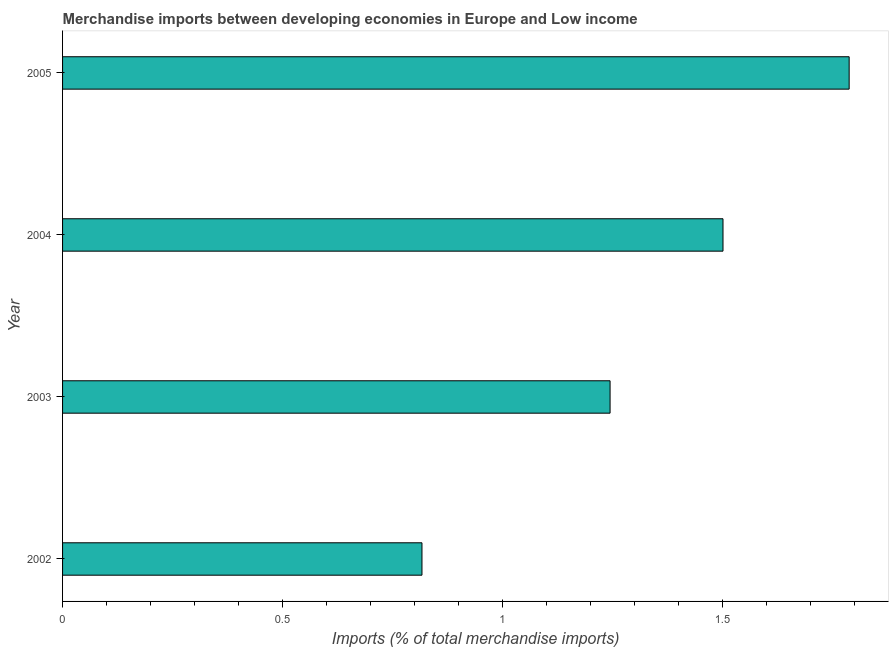
| Year | Merchandise imports |
 | --- | --- |
 | 2002 | 0.817 |
 | 2003 | 1.24 |
 | 2004 | 1.5 |
 | 2005 | 1.79 |